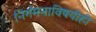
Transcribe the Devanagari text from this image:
निर्गमनाविषयीही